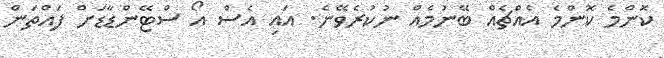
ކޮންމެ ކޮންމެ އެއްޗެއް ބޭނުމެއް ނުކުރެވޭނެ. އައި އެސް އޯ ސްޓޭންޑާޑަށް ފައްތަން